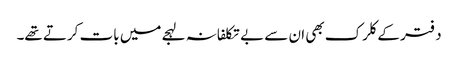
دفتر کے کلرک بھی ان سے بے تکلفانہ لہجے میں بات کرتے تھے۔